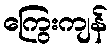
ကြွေးကျန်